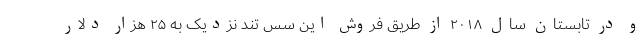
و در تابستان سال ۲۰۱۸ از طریق فروش این سس تند نزدیک به ۲۵ هزار دلار